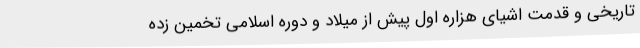
تاریخی و قدمت اشیای هزاره اول پیش از میلاد و دوره اسلامی تخمین زده